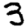
Digit: 3